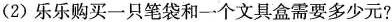
(2)乐乐购买一只笔袋和一个文具盒需要多少元?